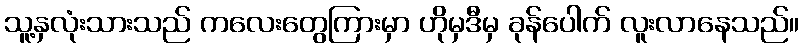
သူ့နှလုံးသားသည် ကလေးတွေကြားမှာ ဟိုမှဒီမှ ခုန်ပေါက် လူးလာနေသည်။